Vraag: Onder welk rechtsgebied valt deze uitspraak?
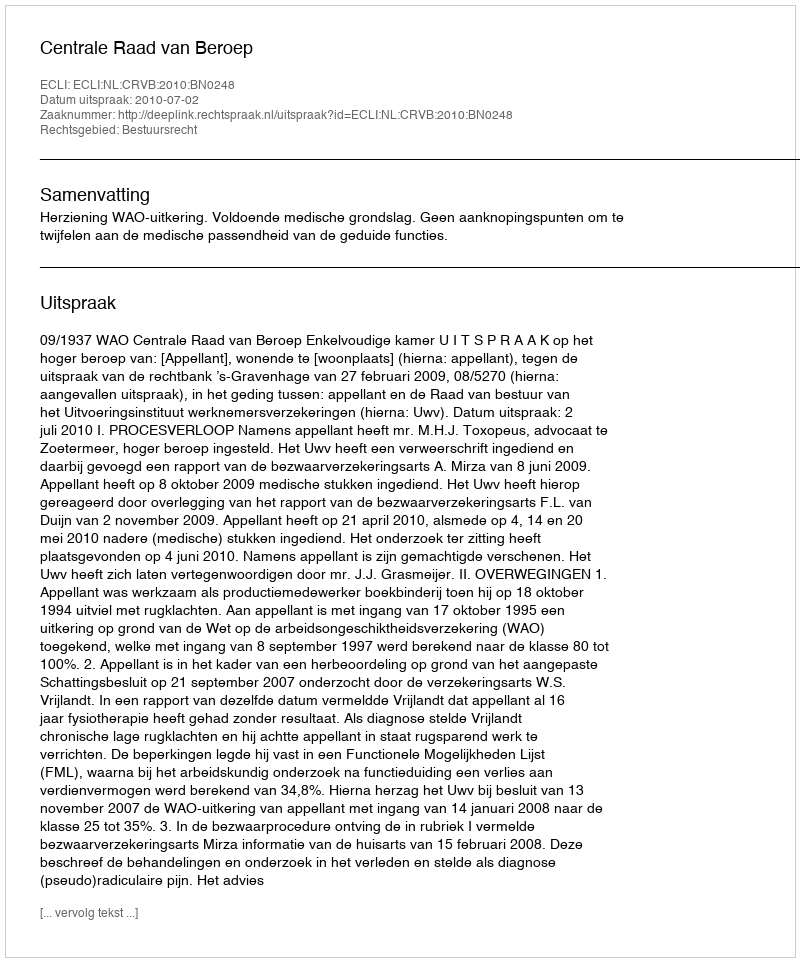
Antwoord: Bestuursrecht